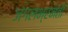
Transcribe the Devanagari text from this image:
जंगलभ्रमंती